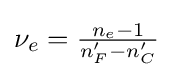
{\textstyle \nu _{e}={\frac {n_{e}-1}{n_{F}'-n_{C}'}}}